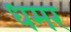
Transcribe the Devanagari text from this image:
धमर